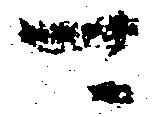
可